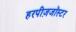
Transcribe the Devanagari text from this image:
हरपीज़जॉस्टर